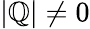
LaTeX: |\mathbb{Q}|\neq0